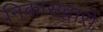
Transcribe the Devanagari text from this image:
निकासद्वारों